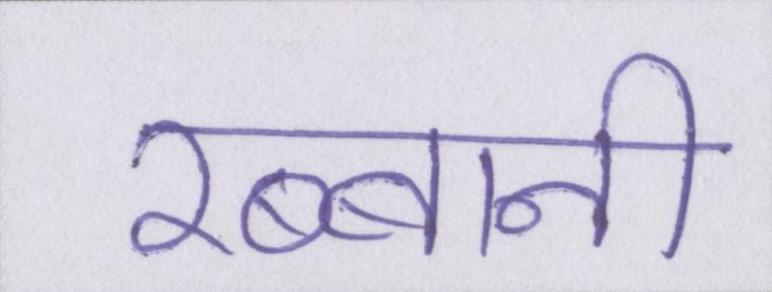
रब्बानी